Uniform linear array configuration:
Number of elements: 4
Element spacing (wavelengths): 0.75
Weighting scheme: hann
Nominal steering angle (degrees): -45
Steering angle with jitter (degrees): -45.698
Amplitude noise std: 0.05
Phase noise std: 0.05

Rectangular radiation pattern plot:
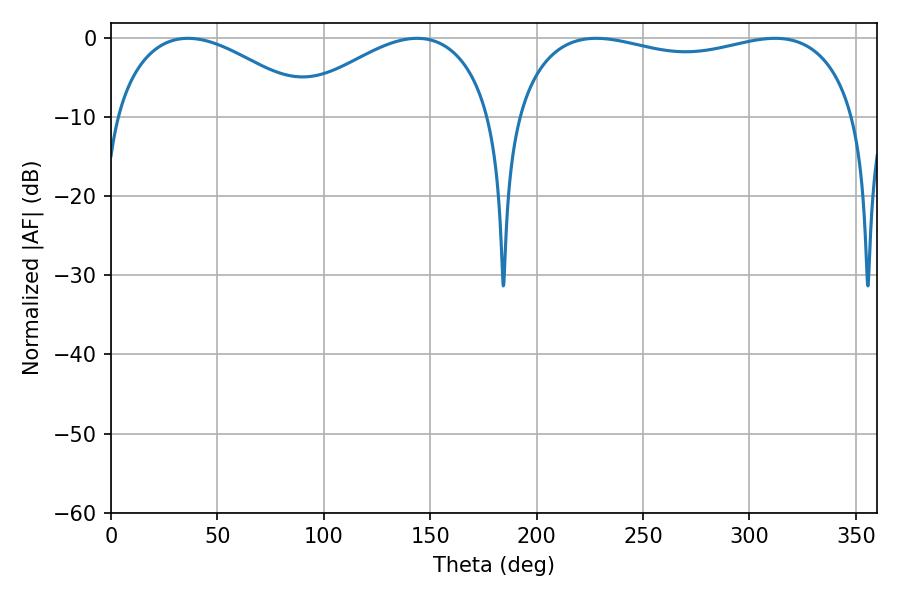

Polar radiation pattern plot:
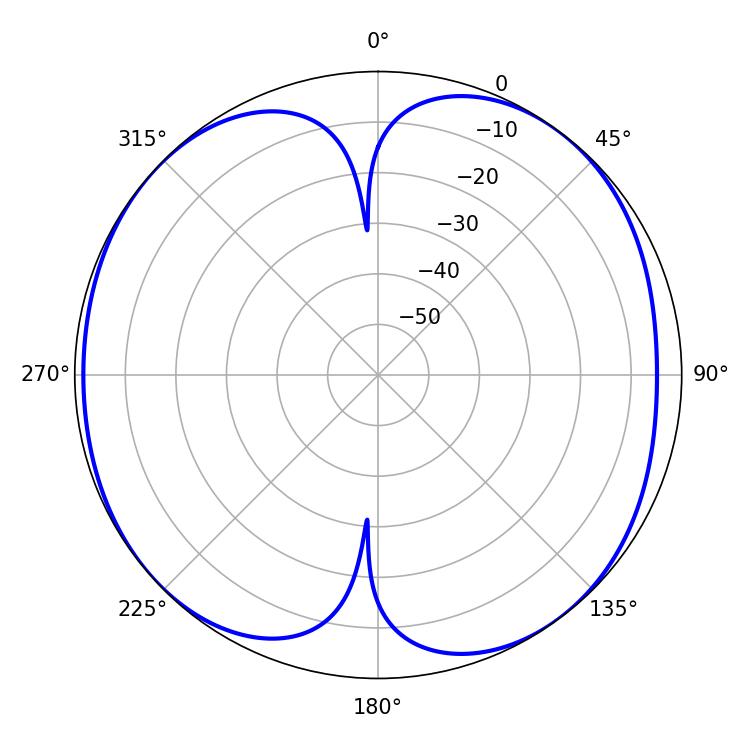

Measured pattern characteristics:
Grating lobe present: TRUE
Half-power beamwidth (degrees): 52.56
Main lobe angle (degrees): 36.18